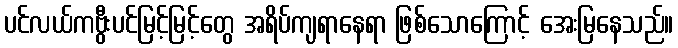
ပင်လယ်ကဗွီးပင်မြင့်မြင့်တွေ အရိပ်ကျရာနေရာ ဖြစ်သောကြောင့် အေးမြနေသည်။